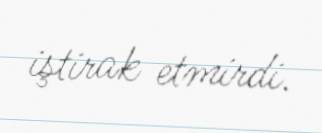
iştirak etmirdi.